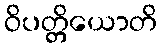
ဝိပတ္တိယောတိ